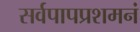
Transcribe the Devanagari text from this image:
सर्वपापप्रशमनं